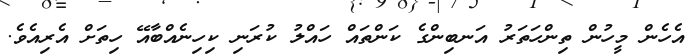
އެހެން މީހުން ތިންހަތަރު އަނބިންގެ ކަންތައް ހައްލު ކުރަނި ކިހިނެއްބާއޭ ހިތަށް އެރިއެވެ.